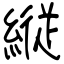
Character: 縦